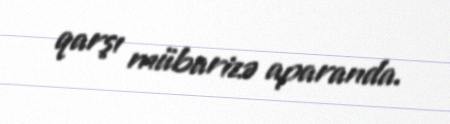
qarşı mübarizə aparanda.